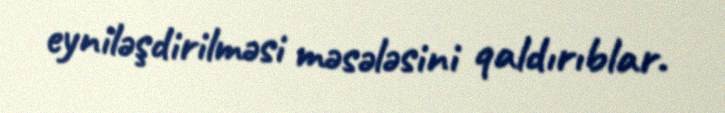
eyniləşdirilməsi məsələsini qaldırıblar.